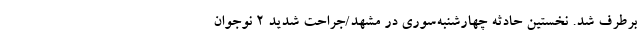
برطرف شد. نخستین حادثه چهارشنبه‌سوری در مشهد/جراحت شدید ۲ نوجوان